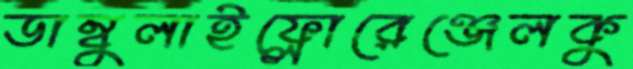
ডাম্বুলাইফ্লোরেঞ্জেলকু